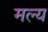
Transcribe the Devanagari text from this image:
मल्य